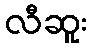
လီဆူး